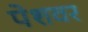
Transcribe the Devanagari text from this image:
पेशवर